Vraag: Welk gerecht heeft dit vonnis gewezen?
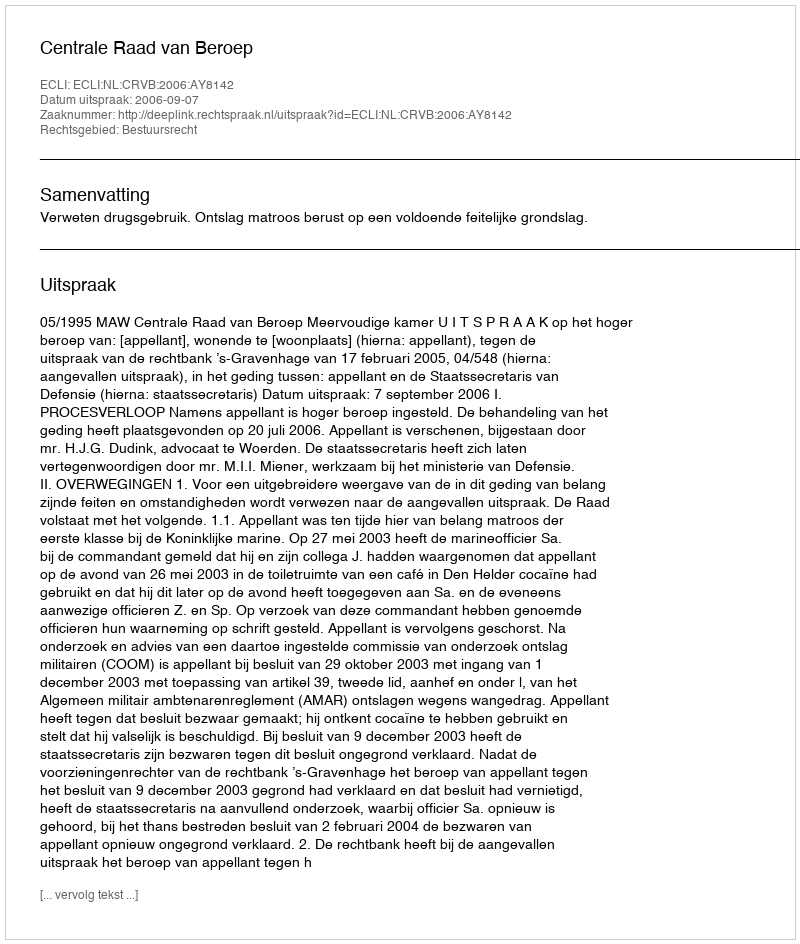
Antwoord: Centrale Raad van Beroep